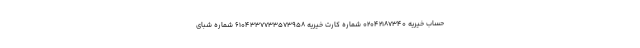
حساب خیریه 02042187340 شماره کارت خیریه 6104337733573958 شماره شبای